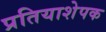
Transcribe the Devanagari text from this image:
प्रतियाशेपक